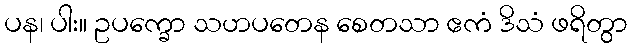
ပန၊ ပါး။ ဥပက္ခော သဟပတေန စေတသာ ဧကံ ဒိသံ ဖရိတွာ